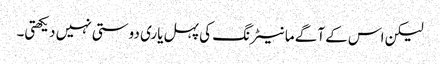
لیکن اس کے آگے مانیٹرنگ کی پہل یاری دوستی نہیں دیکھتی۔